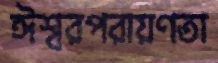
ঈশ্বরপরায়ণতা